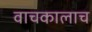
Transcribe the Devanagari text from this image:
वाचकालाच